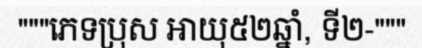
"""ភេទប្រុស អាយុ៥២ឆ្នាំ, ទី២-"""